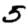
Digit: 5